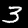
Digit: 3